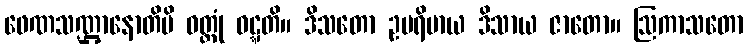
ဖေဏသဏ္ဌာနောတိပိ ဝတ္တုံ ဝဋ္ဋတိ။ ဒိသတော ဥပရိမာယ ဒိသာယ ဇာတော။ ဩကာသတော